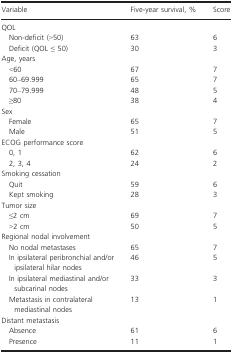
<table><thead><tr><td><b>Variable</b></td><td><b>Five-year survival, %</b></td><td><b>Score</b></td></tr></thead><tbody><tr><td colspan="3">QOL</td></tr><tr><td> Non-deficit (&gt;50)</td><td>63</td><td>6</td></tr><tr><td> Deficit (QOL ≤ 50)</td><td>30</td><td>3</td></tr><tr><td colspan="3">Age, years</td></tr><tr><td> &lt;60</td><td>67</td><td>7</td></tr><tr><td> 60–69.999</td><td>65</td><td>7</td></tr><tr><td> 70–79.999</td><td>48</td><td>5</td></tr><tr><td> ≥80</td><td>38</td><td>4</td></tr><tr><td colspan="3">Sex</td></tr><tr><td> Female</td><td>65</td><td>7</td></tr><tr><td> Male</td><td>51</td><td>5</td></tr><tr><td colspan="3">ECOG performance score</td></tr><tr><td> 0, 1</td><td>62</td><td>6</td></tr><tr><td> 2, 3, 4</td><td>24</td><td>2</td></tr><tr><td colspan="3">Smoking cessation</td></tr><tr><td> Quit</td><td>59</td><td>6</td></tr><tr><td> Kept smoking</td><td>28</td><td>3</td></tr><tr><td colspan="3">Tumor size</td></tr><tr><td> ≤2 cm</td><td>69</td><td>7</td></tr><tr><td> &gt;2 cm</td><td>50</td><td>5</td></tr><tr><td colspan="3">Regional nodal involvement</td></tr><tr><td> No nodal metastases</td><td>65</td><td>7</td></tr><tr><td> In ipsilateral peribronchial and/or ipsilateral hilar nodes</td><td>46</td><td>5</td></tr><tr><td> In ipsilateral mediastinal and/or subcarinal nodes</td><td>33</td><td>3</td></tr><tr><td> Metastasis in contralateral mediastinal nodes</td><td>13</td><td>1</td></tr><tr><td colspan="3">Distant metastasis</td></tr><tr><td> Absence</td><td>61</td><td>6</td></tr><tr><td> Presence</td><td>11</td><td>1</td></tr></tbody></table>